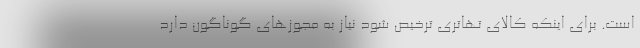
است. برای اینکه کالای تهاتری ترخیص شود نیاز به مجوزهای گوناگون دارد